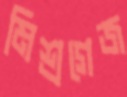
মিশ্রগেজ